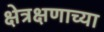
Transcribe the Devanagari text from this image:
क्षेत्रक्षणाच्या